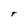
Character: T